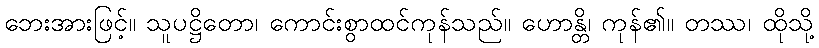
ဘေးအားဖြင့်။ သူပဋ္ဌိတော၊ ကောင်းစွာထင်ကုန်သည်။ ဟောန္တိ၊ ကုန်၏။ တဿ၊ ထိုသို့